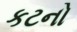
કટનો